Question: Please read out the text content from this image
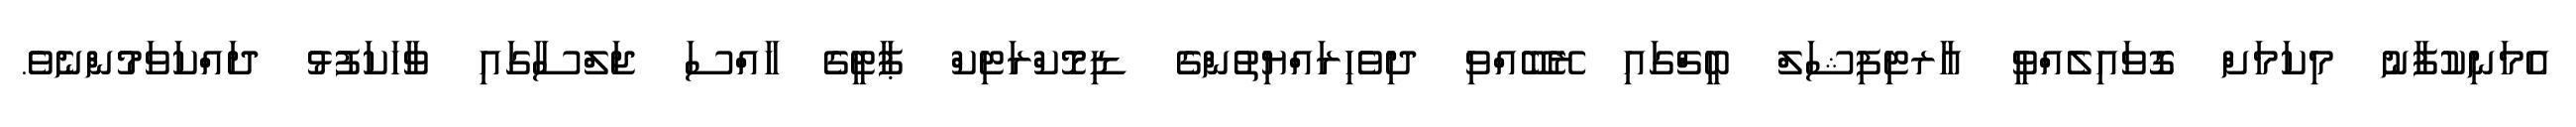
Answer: އެމަނިކުފާނު މިކަމަށް ގޮވައިލެއްވީ އާރޓިފިޝަލް ބީޗްގައި ރޭބޭއްވި ދިވެހިރައްޔިތުންގެ ޑިމޮކްރަޓިކް ޕާޓީގެ ހާއްސަ ޖަލްސާގައި ވާހަކަފުޅު ދައްކަވަމުންނެވެ.